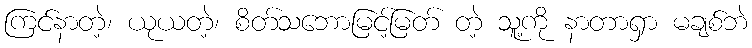
ကြင်နာတဲ့၊ ယုယတဲ့၊ စိတ်သဘောမြင့်မြတ် တဲ့ သူ့ကို နာတာရှာ မချစ်ဘဲ